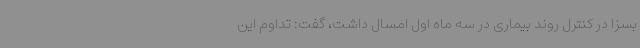
بسزا در کنترل روند بیماری در سه ماه اول امسال داشت، گفت: تداوم این